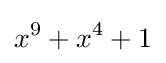
x^{9}+x^{4}+1